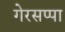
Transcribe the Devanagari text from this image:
गेरसप्पा